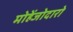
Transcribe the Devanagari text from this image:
मोहेंजोदारो